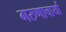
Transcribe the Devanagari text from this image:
गरुणाचार्या